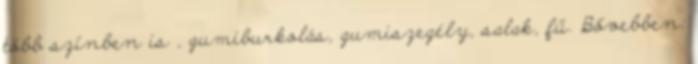
több színben is , gumiburkolás, gumiszegély, salak, fű. Bővebben: